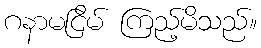
ဂနာမငြိမ် ကြည့်မိသည်။